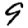
Digit: 9